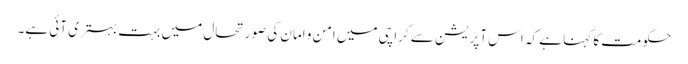
حکومت کا کہنا ہے کہ اس آپریشن سے کراچی میں امن و امان کی صورتحال میں بہت بہتری آئی ہے۔